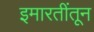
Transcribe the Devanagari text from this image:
इमारतींतून